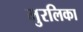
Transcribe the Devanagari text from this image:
मुरलिका